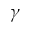
\gamma